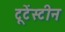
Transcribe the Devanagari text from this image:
टूटेंस्टीन